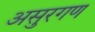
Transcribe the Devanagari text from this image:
असुरगण